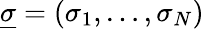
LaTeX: \underline{\sigma}=(\sigma_{1},\ldots,\sigma_{N})